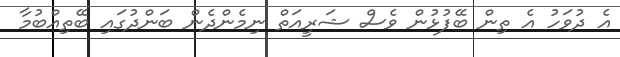
އެ ދުވަހު އެ ތިން ބޭފުޅުން ވެސް ޝަރީއަތް ނިމެންދެން ބަންދުގައި ބޭތިއްބުމާ